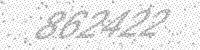
Solution: 862422